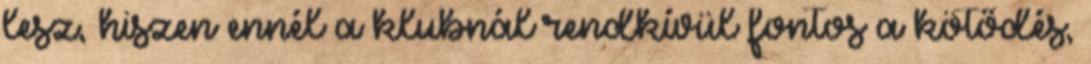
lesz, hiszen ennél a klubnál rendkívül fontos a kötődés,